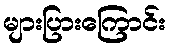
များပြားကြောင်း